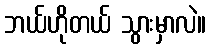
ဘယ်ဟိုတယ် သွားမှာလဲ။